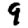
Digit: 9